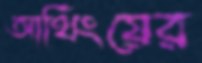
আর্থিংয়ের